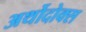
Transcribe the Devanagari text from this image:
अर्थोदोक्स